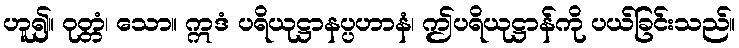
ဟူ၍။ ဝုတ္တံ၊ သော။ ဣဒံ ပရိယုဋ္ဌာနပ္ပဟာနံ၊ ဤပရိယုဋ္ဌာန်ကို ပယ်ခြင်းသည်။